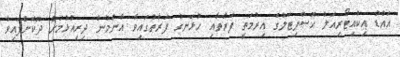
އައްޑު އިކުއިޓޯރިއަލް ހޮސްޕިޓަލުގެ އިރުމަތީ ފަރާތާއި ހުޅަނގު ފަރާތުގައިވާ އާންމުން ދިރިއުޅުމަށް ދޫކޮށްފައިވާ